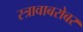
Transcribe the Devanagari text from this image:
स्त्रावाबरोबर